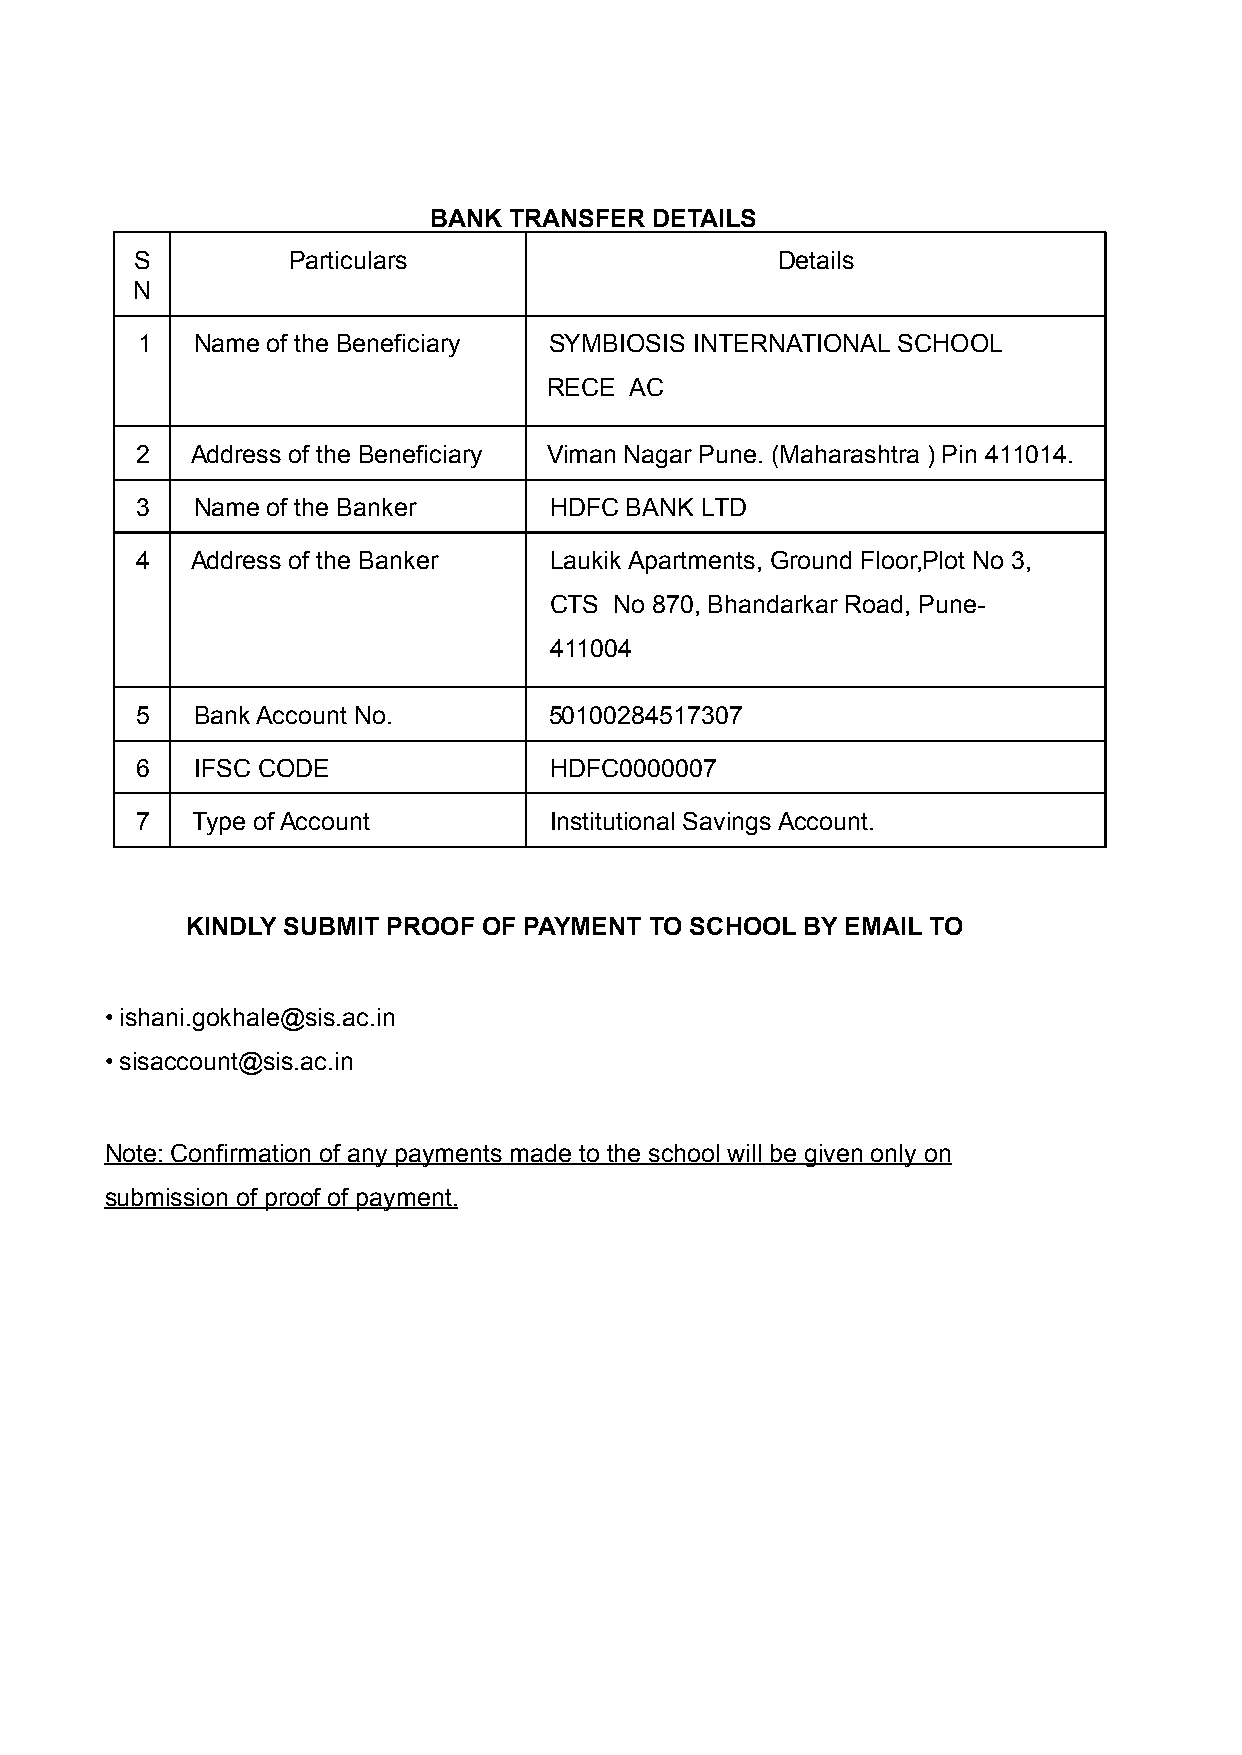
BANK  TRANSFER DETAILS
 S         Particulars                     Details
 N
 1   Name of the Beneficiary SYMBIOSIS INTERNATIONAL SCHOOL
 RECE  AC
 2   Address of the Beneficiary Viman Nagar Pune. (Maharashtra ) Pin 411014.
 3   Name of the Banker     HDFC BANK LTD
 4   Address of the Banker  Laukik Apartments, Ground Floor,Plot No 3,
 CTS  No 870, Bhandarkar Road, Pune-
 411004
 5   Bank Account No.       50100284517307
 6   IFSC CODE              HDFC0000007
 7   Type of Account        Institutional Savings Account.
 KINDLY SUBMIT PROOF OF PAYMENT TO SCHOOL BY EMAIL TO
 • ishani.gokhale@sis.ac.in
 • sisaccount@sis.ac.in
 Note: Confirmation of any payments made to the school will be given only on
 submission of proof of payment.